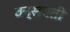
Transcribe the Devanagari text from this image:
वन्सपती